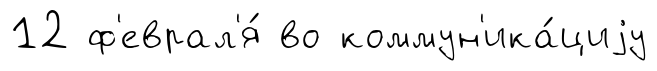
12 ф'еврал'я́ во коммун'ика́циjу